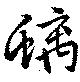
螭